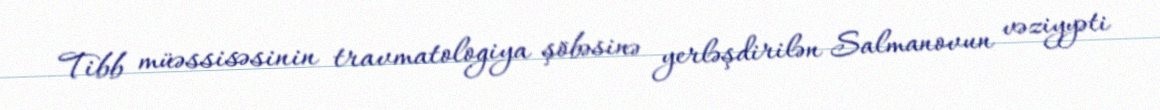
Tibb müəssisəsinin travmatologiya şöbəsinə yerləşdirilən Salmanovun vəziyyəti